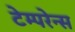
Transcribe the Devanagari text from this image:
टेम्परेन्स